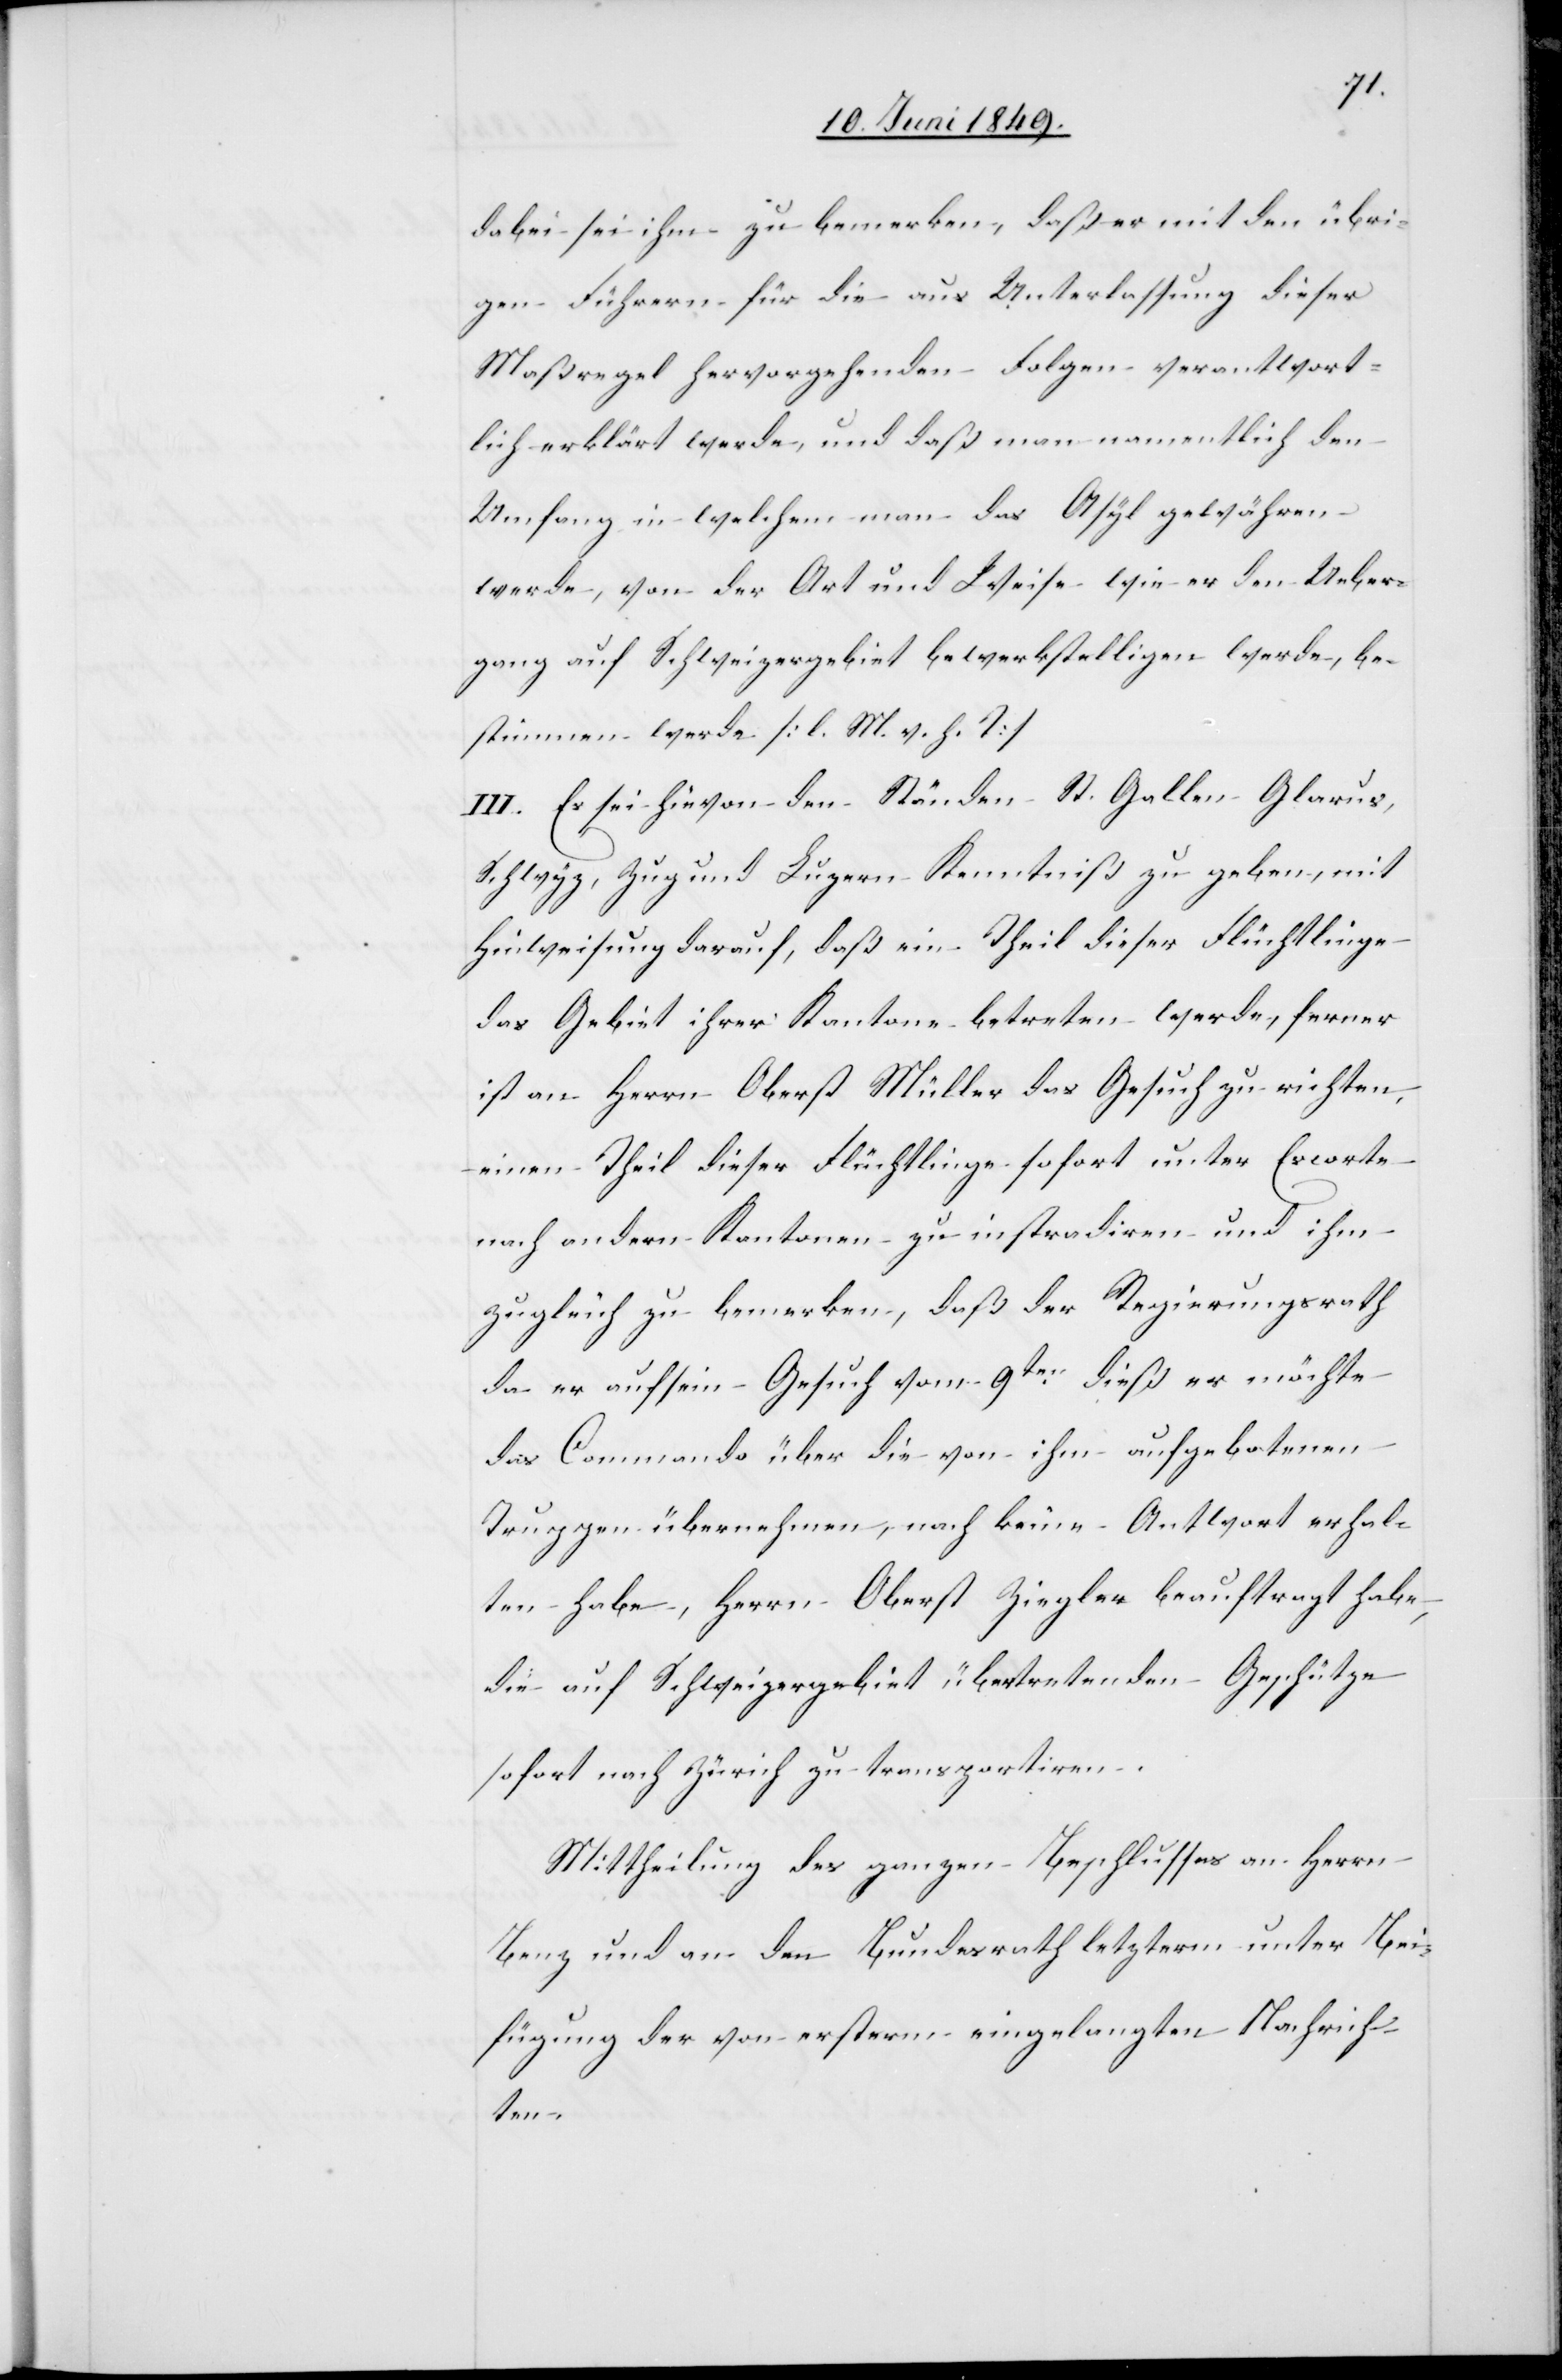
dabei sei ihm zu bemerken, daß er mit den übri¬
gen Führern für die aus Unterlassung dieser
Maßregel hervorgehenden Folgen verantwort¬
lich erklärt werde, und daß man namentlich den
Umfang in welchem man das Asyl gewähren
werde, von der Art und Weise wie der den Ueber¬
gang auf Schweizergebiet bewerkstelligen werde, be¬
stimmen werde [l. M. h. T]
III. Es sei hievon den Ständen St. Gallen, Glarus,
Schwyz, Zug und Luzern Kenntniß zu geben, mit
Hinweisung darauf, daß ein Theil dieser Flüchtlinge
das Gebiet ihrer Kantone betreten werde, ferner
ist an Herrn Oberst Müller das Gesuch zu richten,
einen Theil dieser Flüchtlinge sofort unter Escorte
nach andern Kantonen zu instradiren und ihm
zugleich zu bemerken, daß der Regierungsrath
da er auf sein Gesuch vom 9ten dieß er möchte
das Commando über die von ihm aufgebotenen
Truppen übernehmen, noch keine Antwort erhal¬
ten habe, Herrn Oberst Ziegler beauftragt habe,
die auf Schweizergebiet übertretenden Geschütze
sofort nach Zürich zu transportiren.
Mittheilung des ganzen Beschlusses an Herrn
Benz und an den Bundesrath letztern unter Bei¬
fügung der von ersterm eingelangten Nachrich¬
ten.